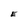
Character: E